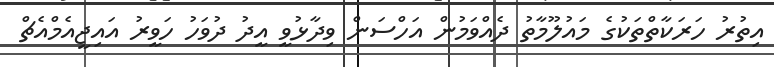
އިތުރު ހަރަކާތްތަކުގެ މައުލޫމާތު ދެއްވަމުން އަހްސަން ވިދާޅުވީ އީދު ދުވަހު ހަވީރު އައިޖީއެމްއެޗް